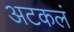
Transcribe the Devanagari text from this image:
अटकलं